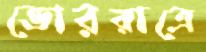
ভোররাত্রে